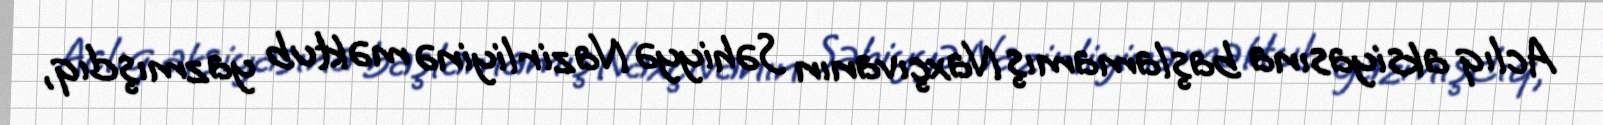
Aclıq aksiyasına başlamamış Naxçıvanın Səhiyyə Nazirliyinə məktub yazmışdıq,